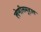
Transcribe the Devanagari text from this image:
लेणीसमूहात